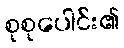
စုစုပေါင်း၏